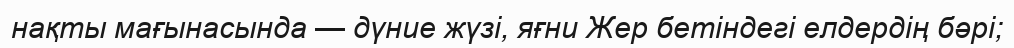
нақты мағынасында — дүние жүзі, яғни Жер бетіндегі елдердің бәрі;